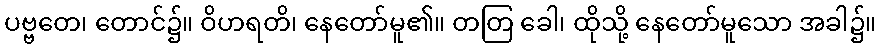
ပဗ္ဗတေ၊ တောင်၌။ ဝိဟရတိ၊ နေတော်မူ၏။ တတြ ခေါ၊ ထိုသို့ နေတော်မူသော အခါ၌။